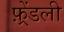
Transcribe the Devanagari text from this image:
फ़्रेंडली